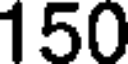
150